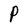
Character: P